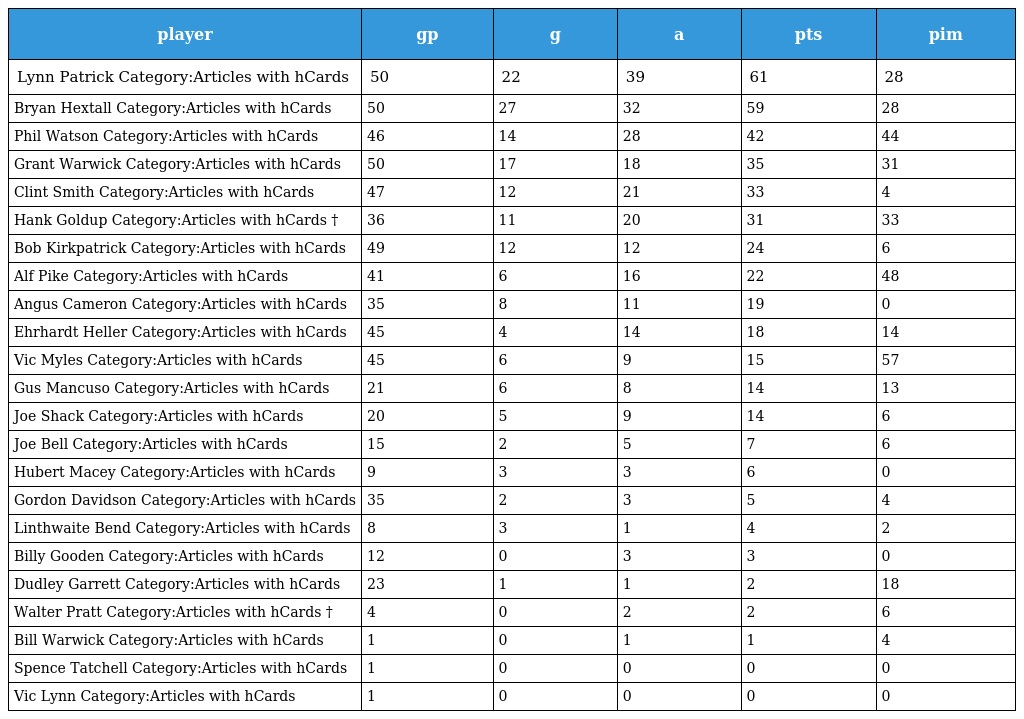
| player | gp | g | a | pts | pim |
 | --- | --- | --- | --- | --- | --- |
 | Lynn Patrick Category:Articles with hCards | 50 | 22 | 39 | 61 | 28 |
 | Bryan Hextall Category:Articles with hCards | 50 | 27 | 32 | 59 | 28 |
 | Phil Watson Category:Articles with hCards | 46 | 14 | 28 | 42 | 44 |
 | Grant Warwick Category:Articles with hCards | 50 | 17 | 18 | 35 | 31 |
 | Clint Smith Category:Articles with hCards | 47 | 12 | 21 | 33 | 4 |
 | Hank Goldup Category:Articles with hCards † | 36 | 11 | 20 | 31 | 33 |
 | Bob Kirkpatrick Category:Articles with hCards | 49 | 12 | 12 | 24 | 6 |
 | Alf Pike Category:Articles with hCards | 41 | 6 | 16 | 22 | 48 |
 | Angus Cameron Category:Articles with hCards | 35 | 8 | 11 | 19 | 0 |
 | Ehrhardt Heller Category:Articles with hCards | 45 | 4 | 14 | 18 | 14 |
 | Vic Myles Category:Articles with hCards | 45 | 6 | 9 | 15 | 57 |
 | Gus Mancuso Category:Articles with hCards | 21 | 6 | 8 | 14 | 13 |
 | Joe Shack Category:Articles with hCards | 20 | 5 | 9 | 14 | 6 |
 | Joe Bell Category:Articles with hCards | 15 | 2 | 5 | 7 | 6 |
 | Hubert Macey Category:Articles with hCards | 9 | 3 | 3 | 6 | 0 |
 | Gordon Davidson Category:Articles with hCards | 35 | 2 | 3 | 5 | 4 |
 | Linthwaite Bend Category:Articles with hCards | 8 | 3 | 1 | 4 | 2 |
 | Billy Gooden Category:Articles with hCards | 12 | 0 | 3 | 3 | 0 |
 | Dudley Garrett Category:Articles with hCards | 23 | 1 | 1 | 2 | 18 |
 | Walter Pratt Category:Articles with hCards † | 4 | 0 | 2 | 2 | 6 |
 | Bill Warwick Category:Articles with hCards | 1 | 0 | 1 | 1 | 4 |
 | Spence Tatchell Category:Articles with hCards | 1 | 0 | 0 | 0 | 0 |
 | Vic Lynn Category:Articles with hCards | 1 | 0 | 0 | 0 | 0 |